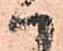
ハ